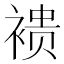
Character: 䙌